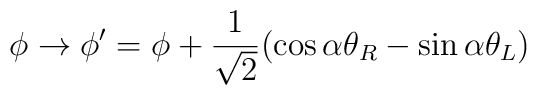
\phi \rightarrow \phi' = \phi + \frac{1}{\sqrt{2}} ( \cos \alpha \theta_R - \sin \alpha \theta_L )